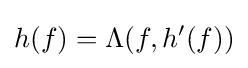
h(f)=\Lambda (f,h'(f))